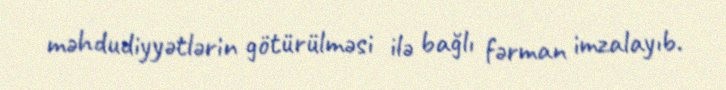
məhdudiyyətlərin götürülməsi ilə bağlı fərman imzalayıb.